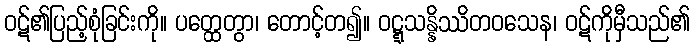
ဝဋ်၏ပြည့်စုံခြင်းကို။ ပတ္ထေတွာ၊ တောင့်တ၍။ ဝဋ္ဋသန္နိဿိတဝသေန၊ ဝဋ်ကိုမှီသည်၏